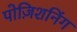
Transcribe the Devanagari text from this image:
पोज़िशनिंग